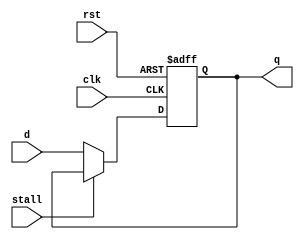
// This file is part of the umips project.
// Copyright (c) 2011 Ibrahim Abd Elkader <i.abdalkader@gmail.com> 
// See the file COPYING for copying permission.

module umips_fetch (
	input wire clk,
    input wire rst,
    input wire stall,
	input wire [31:0] d,
	output reg [31:0] q
);
    always @(posedge clk, negedge rst)
        if (rst == 0)
		    q <= 0;
        else if (stall == 0)
            q <= d;
endmodule